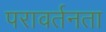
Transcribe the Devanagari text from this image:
परावर्तनता